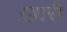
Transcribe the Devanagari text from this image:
ख़ारी